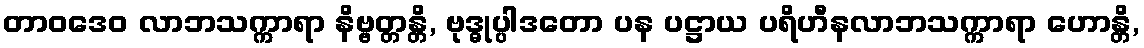
တာဝဒေဝ လာဘသက္ကာရာ နိဗ္ဗတ္တန္တိ, ဗုဒ္ဓုပ္ပါဒတော ပန ပဋ္ဌာယ ပရိဟီနလာဘသက္ကာရာ ဟောန္တိ,